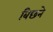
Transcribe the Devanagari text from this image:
बिछने